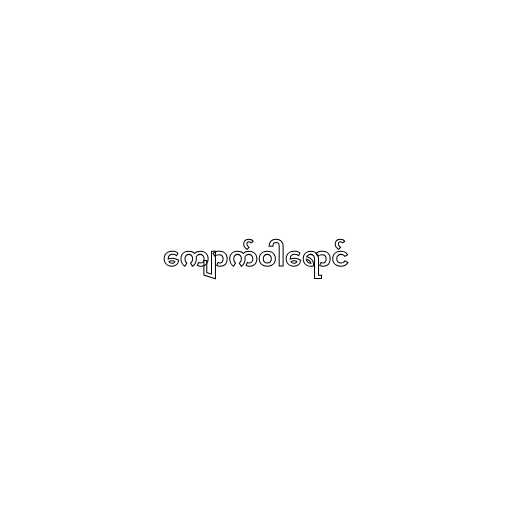
ကျောက်ဝါရောင်